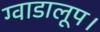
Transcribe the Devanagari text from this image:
ग्वाडालूप।